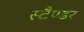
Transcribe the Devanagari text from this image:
स्टैण्डर